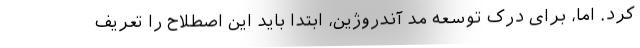
کرد. اما، برای درک توسعه مد آندروژین، ابتدا باید این اصطلاح را تعریف